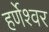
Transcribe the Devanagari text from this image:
हर्णेश्वर